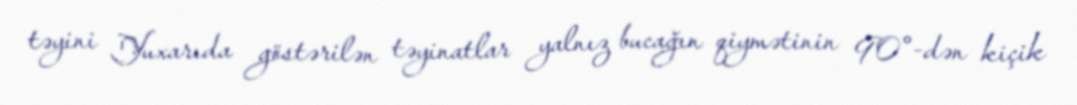
təyini Yuxarıda göstərilən təyinatlar yalnız bucağın qiymətinin 90°-dən kiçik